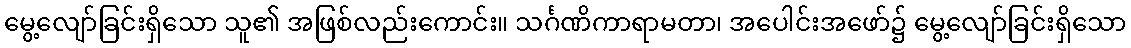
မွေ့လျော်ခြင်းရှိသော သူ၏ အဖြစ်လည်းကောင်း။ သင်္ဂဏိကာရာမတာ၊ အပေါင်းအဖော်၌ မွေ့လျော်ခြင်းရှိသော